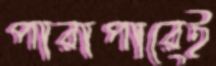
পারাপারেই